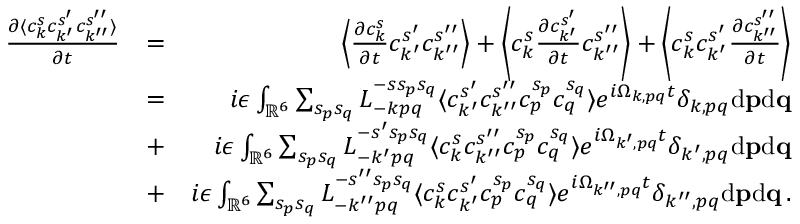
\begin{array} { r l r } { \frac { \partial \langle c _ { k } ^ { s } c _ { k ^ { \prime } } ^ { s ^ { \prime } } c _ { k ^ { \prime \prime } } ^ { s ^ { \prime \prime } } \rangle } { \partial t } } & { = } & { \left\langle \frac { \partial c _ { k } ^ { s } } { \partial t } c _ { k ^ { \prime } } ^ { s ^ { \prime } } c _ { k ^ { \prime \prime } } ^ { s ^ { \prime \prime } } \right\rangle + \left\langle c _ { k } ^ { s } \frac { \partial c _ { k ^ { \prime } } ^ { s ^ { \prime } } } { \partial t } c _ { k ^ { \prime \prime } } ^ { s ^ { \prime \prime } } \right\rangle + \left\langle c _ { k } ^ { s } c _ { k ^ { \prime } } ^ { s ^ { \prime } } \frac { \partial c _ { k ^ { \prime \prime } } ^ { s ^ { \prime \prime } } } { \partial t } \right\rangle } \\ & { = } & { i \epsilon \int _ { { \mathbb { R } } ^ { 6 } } \sum _ { s _ { p } s _ { q } } L _ { - k p q } ^ { - s s _ { p } s _ { q } } \langle c _ { k ^ { \prime } } ^ { s ^ { \prime } } c _ { k ^ { \prime \prime } } ^ { s ^ { \prime \prime } } c _ { p } ^ { s _ { p } } c _ { q } ^ { s _ { q } } \rangle e ^ { i \Omega _ { k , p q } t } \delta _ { k , p q } \mathrm { d } { \bf p } \mathrm { d } { \bf q } } \\ & { + } & { i \epsilon \int _ { { \mathbb { R } } ^ { 6 } } \sum _ { s _ { p } s _ { q } } L _ { - k ^ { \prime } p q } ^ { - s ^ { \prime } s _ { p } s _ { q } } \langle c _ { k } ^ { s } c _ { k ^ { \prime \prime } } ^ { s ^ { \prime \prime } } c _ { p } ^ { s _ { p } } c _ { q } ^ { s _ { q } } \rangle e ^ { i \Omega _ { k ^ { \prime } , p q } t } \delta _ { k ^ { \prime } , p q } \mathrm { d } { \bf p } \mathrm { d } { \bf q } } \\ & { + } & { i \epsilon \int _ { { \mathbb { R } } ^ { 6 } } \sum _ { s _ { p } s _ { q } } L _ { - k ^ { \prime \prime } p q } ^ { - s ^ { \prime \prime } s _ { p } s _ { q } } \langle c _ { k } ^ { s } c _ { k ^ { \prime } } ^ { s ^ { \prime } } c _ { p } ^ { s _ { p } } c _ { q } ^ { s _ { q } } \rangle e ^ { i \Omega _ { k ^ { \prime \prime } , p q } t } \delta _ { k ^ { \prime \prime } , p q } \mathrm { d } { \bf p } \mathrm { d } { \bf q } \, . } \end{array}